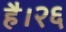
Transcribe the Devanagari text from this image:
है।२६